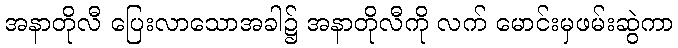
အနာတိုလီ ပြေးလာသောအခါ၌ အနာတိုလီကို လက် မောင်းမှဖမ်းဆွဲကာ